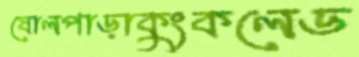
ষোলপাড়াকুংকলেড